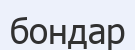
бондар